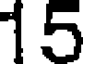
15